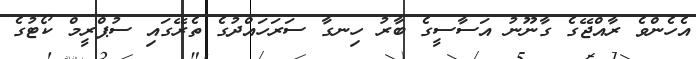
އެހެންވެ ރާއްޖޭގެ ގާނޫނު އަސާސީގެ ބާރު ހިނގާ ސަރަހަައްދުގެ ތެރޭގައި ސުޕްރީމް ކޯޓުގެ